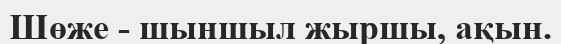
Шөже - шыншыл жыршы, ақын.